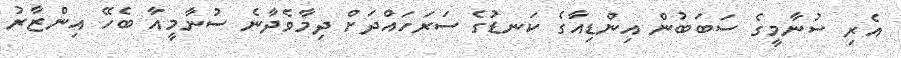
އެރި ސުނާމީގެ ސަބަބުން އިންޑިއާގެ ކަނޑުގެ ސަރަހައްދަށް ދިމާވެދާނެ ސުނާމީއާ ބެހޭ އިންޒާރު